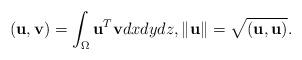
LaTeX: \begin{align*}\left( {{\mathbf{u}},{\mathbf{v}}} \right) = \int_\Omega {{{\mathbf{u}}^T}{\mathbf{v}}dxdydz} ,\left\| {\mathbf{u}} \right\| = \sqrt {\left( {{\mathbf{u}},{\mathbf{u}}} \right)}.\end{align*}